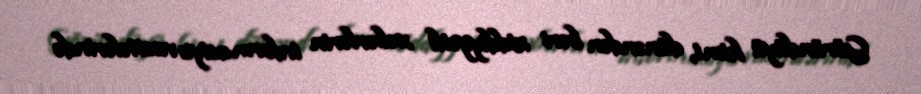
Göründüyü kimi, dünəndən bəri ziddiyyətli xəbərlərin informasiya vasitələrində